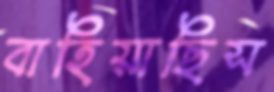
বাহিয়াছিস